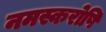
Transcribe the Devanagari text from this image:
नमस्करोषि